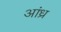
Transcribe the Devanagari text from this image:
अांध्र